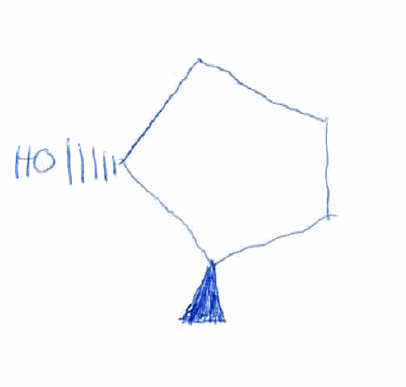
Simplified molecular-input line-entry system (SMILES) notation of the given molecule:
C[C@@H]1CCC[C@H]1O